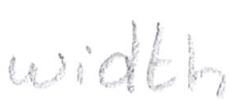
Text: width
Cross-out: clean
Writing tool: pencil